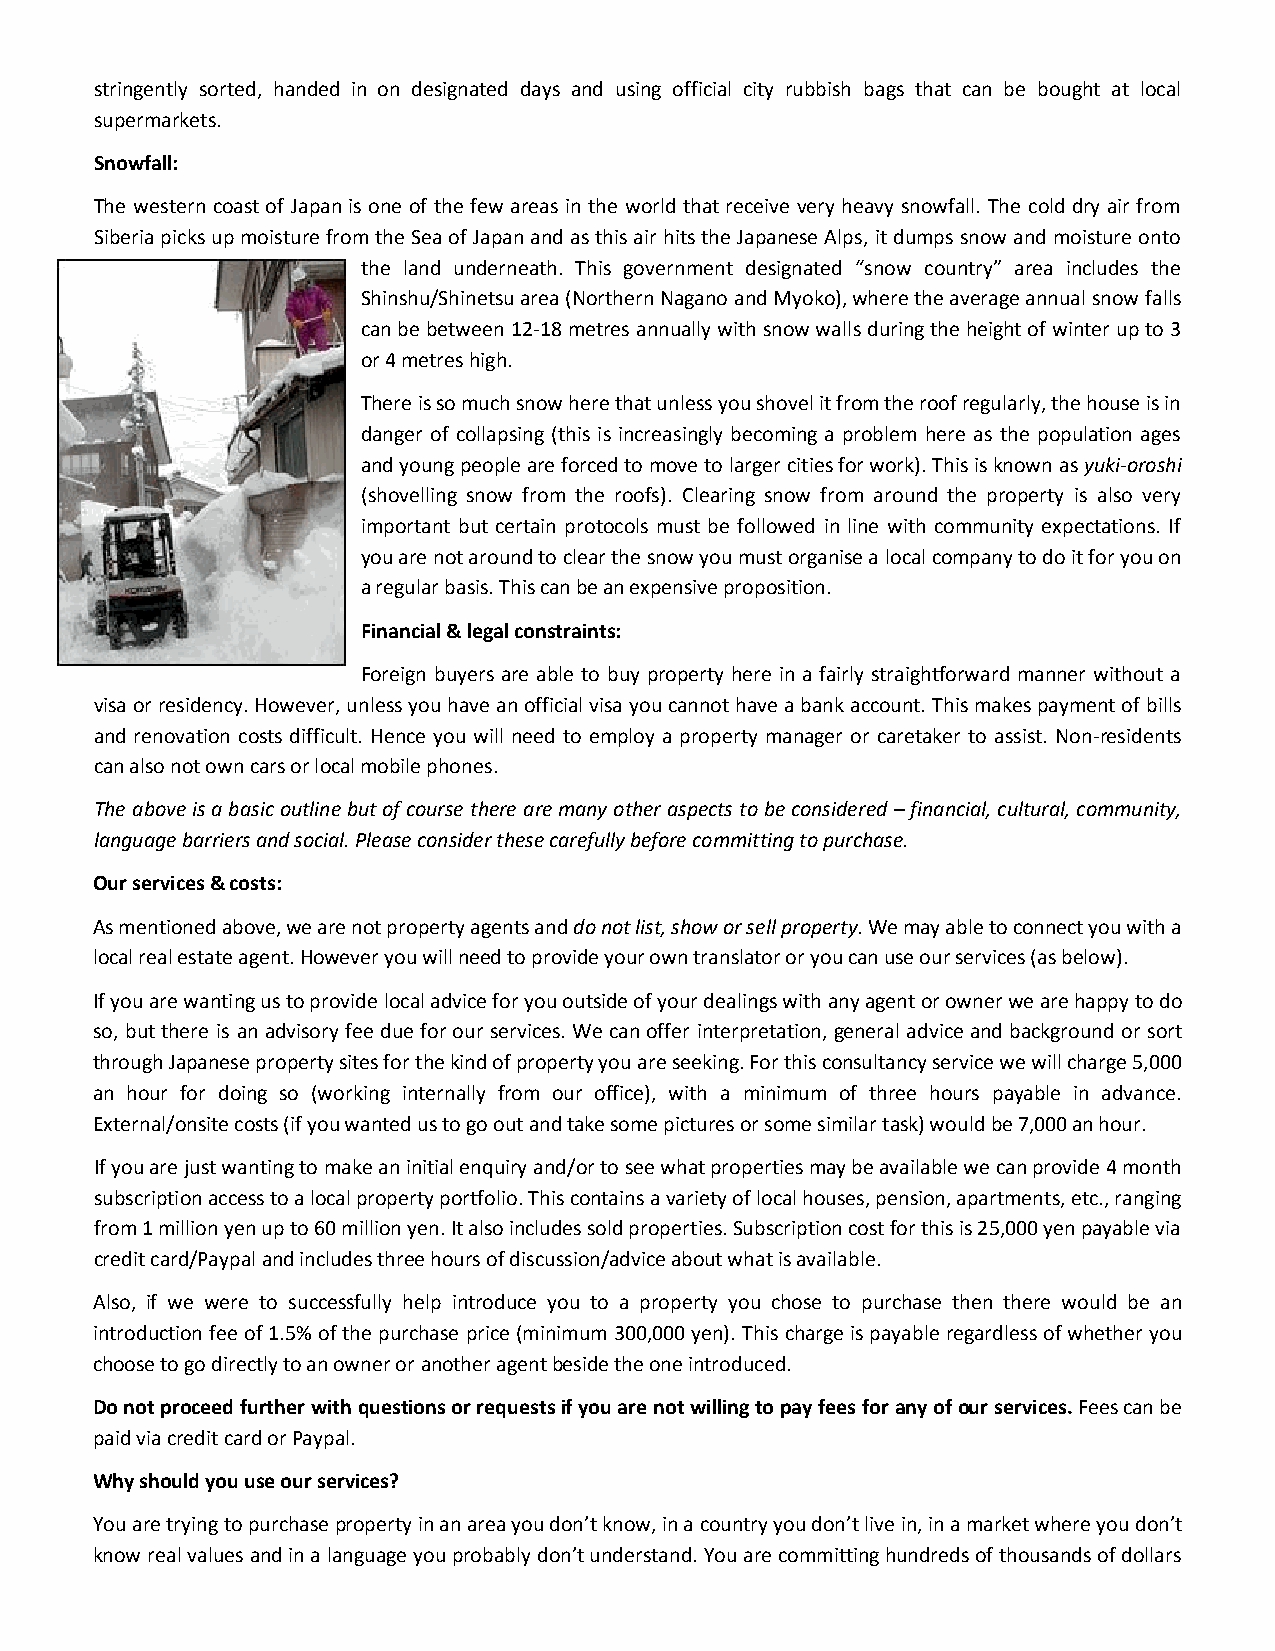
stringently sorted, handed in on designated days and using official city rubbish bags that can be bought at local
 supermarkets.
 Snowfall:
 The western coast of Japan is one of the few areas in the world that receive very heavy snowfall. The cold dry air from
 Siberia picks up moisture from the Sea of Japan and as this air hits the Japanese Alps, it dumps snow and moisture onto
 the land underneath. This government designated “snow country” area includes the
 Shinshu/Shinetsu area (Northern Nagano and Myoko), where the average annual snow falls
 can be between 12-18 metres annually with snow walls during the height of winter up to 3
 or 4 metres high.
 There is so much snow here that unless you shovel it from the roof regularly, the house is in
 danger of collapsing (this is increasingly becoming a problem here as the population ages
 and young people are forced to move to larger cities for work). This is known as yuki-oroshi
 (shovelling snow from the roofs). Clearing snow from around the property is also very
 important but certain protocols must be followed in line with community expectations. If
 you are not around to clear the snow you must organise a local company to do it for you on
 a regular basis. This can be an expensive proposition.
 Financial & legal constraints:
 Foreign buyers are able to buy property here in a fairly straightforward manner without a
 visa or residency. However, unless you have an official visa you cannot have a bank account. This makes payment of bills
 and renovation costs difficult. Hence you will need to employ a property manager or caretaker to assist. Non-residents
 can also not own cars or local mobile phones.
 The above is a basic outline but of course there are many other aspects to be considered – financial, cultural, community,
 language barriers and social. Please consider these carefully before committing to purchase.
 Our services & costs:
 As mentioned above, we are not property agents and do not list, show or sell property. We may able to connect you with a
 local real estate agent. However you will need to provide your own translator or you can use our services (as below).
 If you are wanting us to provide local advice for you outside of your dealings with any agent or owner we are happy to do
 so, but there is an advisory fee due for our services. We can offer interpretation, general advice and background or sort
 through Japanese property sites for the kind of property you are seeking. For this consultancy service we will charge 5,000
 an hour for doing so (working internally from our office), with a minimum of three hours payable in advance.
 External/onsite costs (if you wanted us to go out and take some pictures or some similar task) would be 7,000 an hour.
 If you are just wanting to make an initial enquiry and/or to see what properties may be available we can provide 4 month
 subscription access to a local property portfolio. This contains a variety of local houses, pension, apartments, etc., ranging
 from 1 million yen up to 60 million yen. It also includes sold properties. Subscription cost for this is 25,000 yen payable via
 credit card/Paypal and includes three hours of discussion/advice about what is available.
 Also, if we were to successfully help introduce you to a property you chose to purchase then there would be an
 introduction fee of 1.5% of the purchase price (minimum 300,000 yen). This charge is payable regardless of whether you
 choose to go directly to an owner or another agent beside the one introduced.
 Do not proceed further with questions or requests if you are not willing to pay fees for any of our services. Fees can be
 paid via credit card or Paypal.
 Why should you use our services?
 You are trying to purchase property in an area you don’t know, in a country you don’t live in, in a market where you don’t
 know real values and in a language you probably don’t understand. You are committing hundreds of thousands of dollars